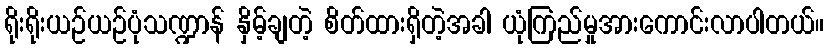
ရိုးရိုးယဉ်ယဉ်ပုံသဏ္ဍာန် နှိမ့်ချတဲ့ စိတ်ထားရှိတဲ့အခါ ယုံကြည်မှုအားကောင်းလာပါတယ်။